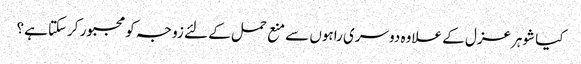
کیا شوہرعزل کے علاوہ دوسری راہوں سے منع حمل کے لئے زوجہ کو مجبور کرسکتا ہے؟